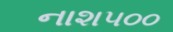
નાશ૫૦૦